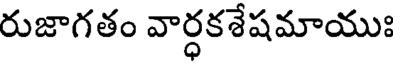
రుజాగతం వార్ధకశేషమాయుః